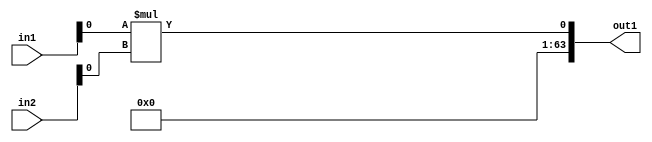
`timescale 1ps / 1ps
/*****************************************************************************
    Verilog RTL Description
    
    
    Created by: Stratus DpOpt 2019.1.01 
*******************************************************************************/

module SobelFilter_Mul_64Sx8U_64S_4 (
	in2,
	in1,
	out1
	); /* architecture "behavioural" */ 
input [63:0] in2;
input [7:0] in1;
output [63:0] out1;
wire  asc001;

assign asc001 = 
	+(in1[0] * in2[0]);

assign out1 = {{63{1'B0}}, asc001};
endmodule

/* CADENCE  ubPzTAs= : u9/ySgnWtBlWxVPRXgAZ4Og= ** DO NOT EDIT THIS LINE ******/